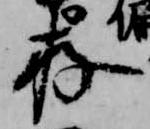
存